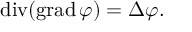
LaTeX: \operatorname { d i v } ( \operatorname { g r a d } \varphi ) = \Delta \varphi .